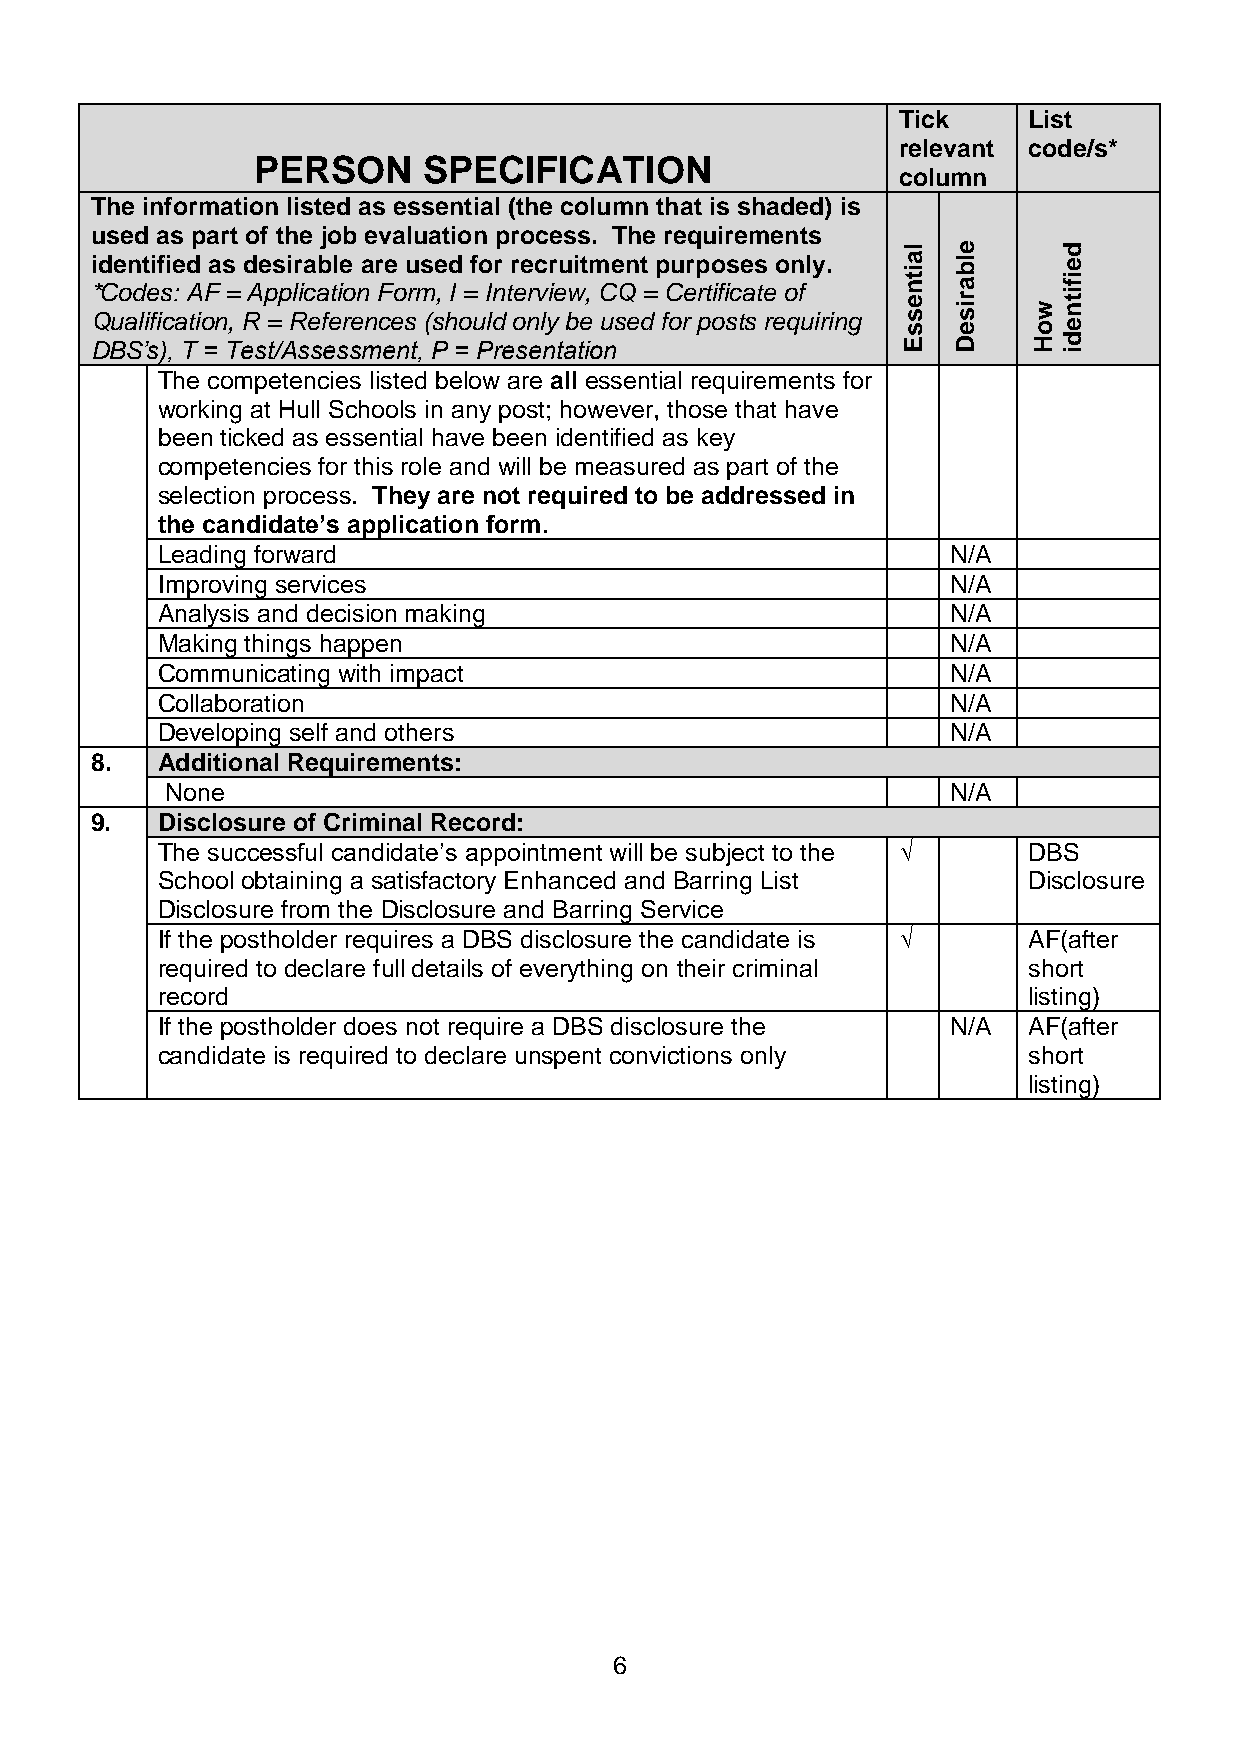
Tick     List
 relevant code/s*
 PERSON     SPECIFICATION
 column
 The information listed as essential (the column that is shaded) is
 used as part of the job evaluation process. The requirements
 l  e      d
 identified as desirable are used for recruitment purposes only. ia bl e
 * QC uo ad lie fis c:
 a
 A tioF
 n
 =
 ,
 RA p =p Rlic ea feti ro en
 n
 F ceo srm (s, hI o=
 u
 I ln dt e or nv lyie bw e, C usQ
 e
 d= fC ore r pt oifi sc ta st e
 re
 o qf
 u iring
 sent sira
 w
 ntifi
 s  e    oe
 DBS’s), T = Test/Assessment, P = Presentation         E  D    H id
 The competencies listed below are all essential requirements for
 working at Hull Schools in any post; however, those that have
 been ticked as essential have been identified as key
 competencies for this role and will be measured as part of the
 selection process. They are not required to be addressed in
 the candidate’s application form.
 Leading forward                                      N/A
 Improving services                                   N/A
 Analysis and decision making                         N/A
 Making things happen                                 N/A
 Communicating with impact                            N/A
 Collaboration                                        N/A
 Developing self and others                           N/A
 8.  Additional Requirements:
 None                                                N/A
 9.  Disclosure of Criminal Record:
 The successful candidate’s appointment will be subject to the √ DBS
 School obtaining a satisfactory Enhanced and Barring List Disclosure
 Disclosure from the Disclosure and Barring Service
 If the postholder requires a DBS disclosure the candidate is √ AF(after
 required to declare full details of everything on their criminal short
 record                                                    listing)
 If the postholder does not require a DBS disclosure the N/A AF(after
 candidate is required to declare unspent convictions only short
 listing)
 6